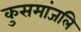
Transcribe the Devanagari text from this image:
कुसमांजलि